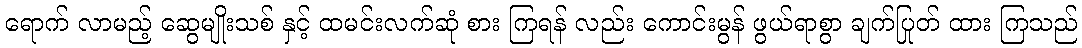
ရောက် လာမည့် ဆွေမျိုးသစ် နှင့် ထမင်းလက်ဆုံ စား ကြရန် လည်း ကောင်းမွန် ဖွယ်ရာစွာ ချက်ပြုတ် ထား ကြသည်